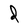
Character: d